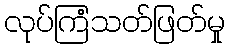
လုပ်ကြံသတ်ဖြတ်မှု